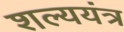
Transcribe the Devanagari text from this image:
शल्ययंत्र